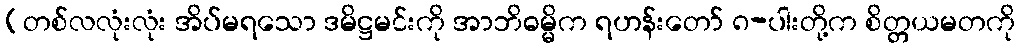
(တစ်လလုံးလုံး အိပ်မရသော ဒမိဋ္ဌမင်းကို အာဘိဓမ္မိက ရဟန်းတော် ၈-ပါးတို့က စိတ္တယမတကို